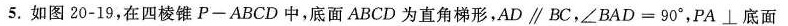
5.如图20-19，在四棱锥P-ABCD中，底面ABCD为直角梯形，$$A D \parallel B C$$，$$\angle B A D = 9 0 °$$，PA\perp 底面